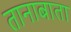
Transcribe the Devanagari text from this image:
तानाबाता